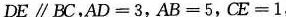
DE\parallel BC，AD=3，AB=5，CE=1，